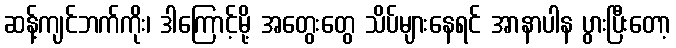
ဆန့်ကျင်ဘက်ကိုး၊ ဒါကြောင့်မို့ အတွေးတွေ သိပ်များနေရင် အာနာပါန ပွားပြီးတော့